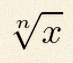
\sqrt[n]{x}